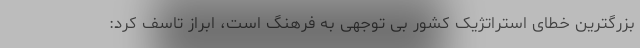
بزرگترین خطای استراتژیک کشور بی توجهی به فرهنگ است، ابراز تاسف کرد: